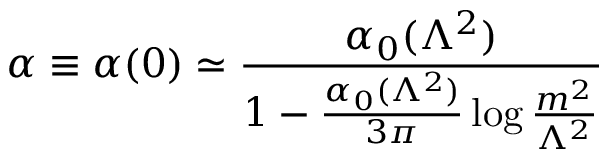
\alpha \equiv \alpha ( 0 ) \simeq { \frac { \alpha _ { 0 } ( \Lambda ^ { 2 } ) } { 1 - { \frac { \alpha _ { 0 } ( \Lambda ^ { 2 } ) } { 3 \pi } } \log { \frac { m ^ { 2 } } { \Lambda ^ { 2 } } } } }